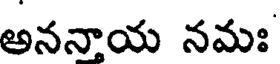
అనన్నాయ నమః